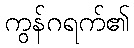
ကွန်ဂရက်၏